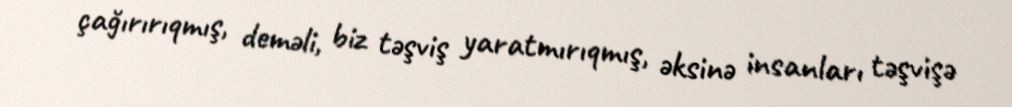
çağırırıqmış, deməli, biz təşviş yaratmırıqmış, əksinə insanları təşvişə